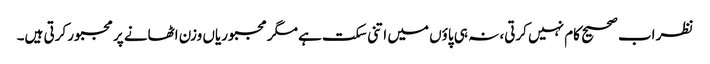
نظر اب صحیح کام نہیں کرتی، نہ ہی پاؤں میں اتنی سکت ہے مگر مجبوریاں وزن اٹھانے پر مجبور کرتی ہیں۔